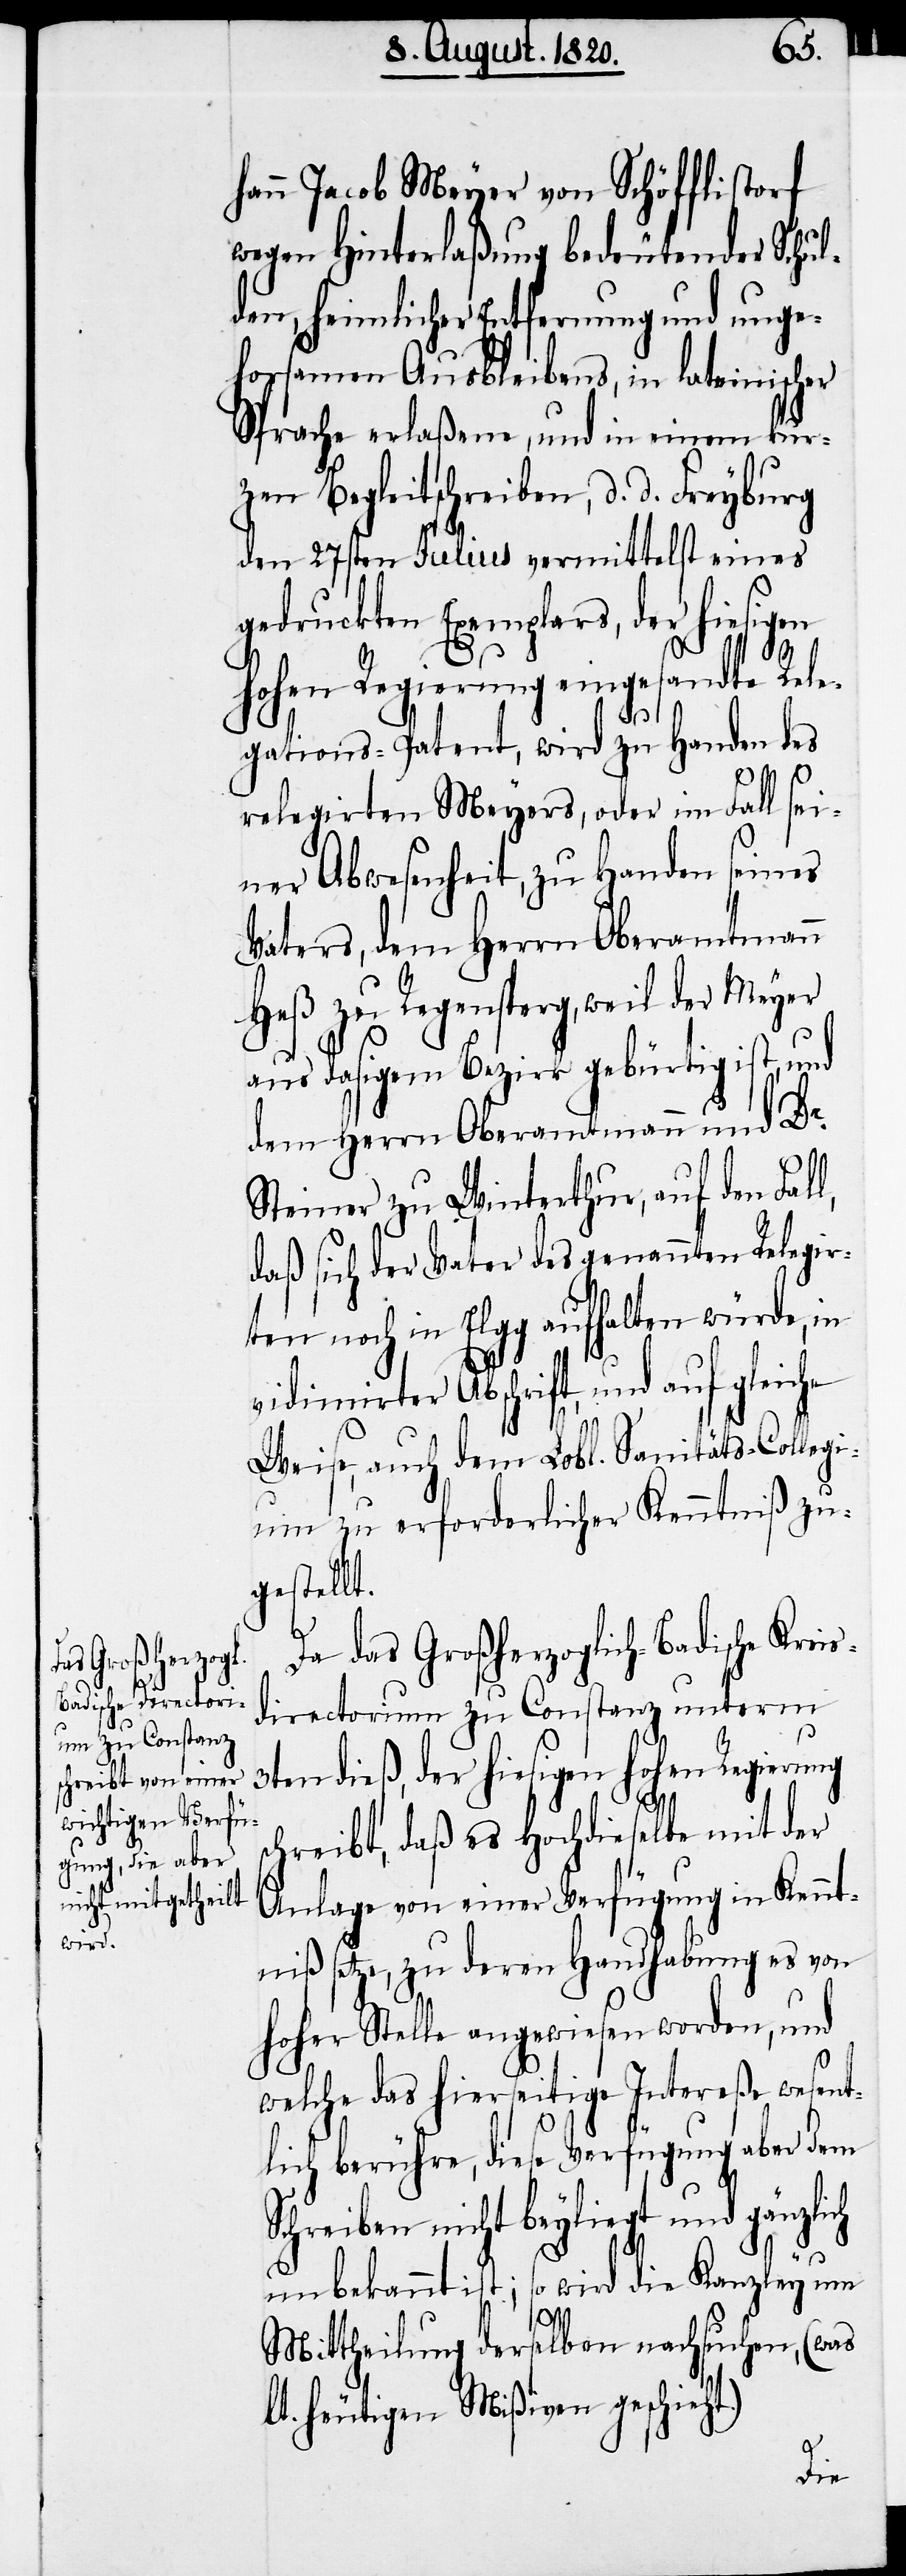
l,
wird

hann Jacob Meyer von Schöfflistorf
wegen Hinterlaßung bedeutender Schul¬
den, heimlicher Entfernung und unge¬
horsamen Ausbleibens, in lateinischer
Sprache erlaßene, und in einem kur¬
zen Begleitschreiben, d. d. Freyburg
den 27sten Julius vermittelst eines
gedruckten Exemplars, der hiesigen
hohen Regierung eingesandte Rele¬
gations-Patent, wird zu Handen des
relegirten Meyers, oder im Fall sei¬
ner Abwesenheit, zu Handen seines
Vaters, dem Herrn Oberamtmann
Heß zu Regensperg, weil der Meyer
aus dasigem Bezirk gebürtig ist, und
dem Herrn Oberamtmann und Dr.
Steiner zu Winterthur, auf den Fal¬
daß sich der Vater des genannten Relegir¬
ten nach in Elgg aufhalten würde, in
s¬
vidimirter Abschrift, und auf gleiche
Weise, auch dem Lobl. Sanitäts-Collegi¬
um zu erforderlicher Kenntniß zu¬
gestellt.
Da das Großherzoglich-Badische Kreis¬
directorium zu Constanz unterm
dieß, der hiesigen hohen Regierung
chreibt, daß es Hochdieselbe mit der
Anlage von einer Verfügung in Kennt¬
niß setze, zu deren Handhabung es von
hoher Stelle angewiesen worden, und
welche das hierseitige Intereße wesent¬
lich berühre, diese Verfügung aber dem
Schreiben nicht beyliegt und gänzlich
Mittheilung derselben nachsuchen, (was
lt. heutigen Mißiven geschieh¬
die

t.)